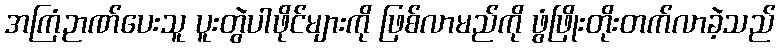
အကြံဉာဏ်ပေးသူ ပူးတွဲပါဖိုင်များကို ဖြစ်လာမည်ကို ဖွံဖြိုးတိုးတက်လာခဲ့သည်